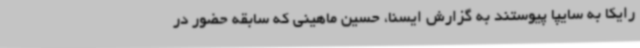
رایکا به سایپا پیوستند به گزارش ایسنا، حسین ماهینی که سابقه حضور در